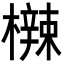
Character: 𬅀